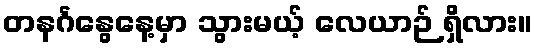
တနင်္ဂနွေနေ့မှာ သွားမယ့် လေယာဉ် ရှိလား။